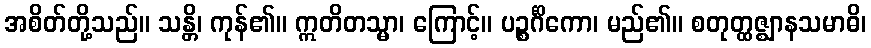
အစိတ်တို့သည်။ သန္တိ၊ ကုန်၏။ ဣတိတသ္မာ၊ ကြောင့်။ ပဉ္စင်္ဂိကော၊ မည်၏။ စတုတ္ထဇ္ဈာနသမာဓိ၊